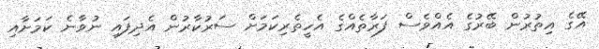
އޭގެ އިތުރުން ބޭރުގެ އެއްވެސް ފަރާތެއްގެ އެހީތެރިކަމަށް ސަރުކާރުން އެދިފައި ނުވާނެ ކަމަށާއި